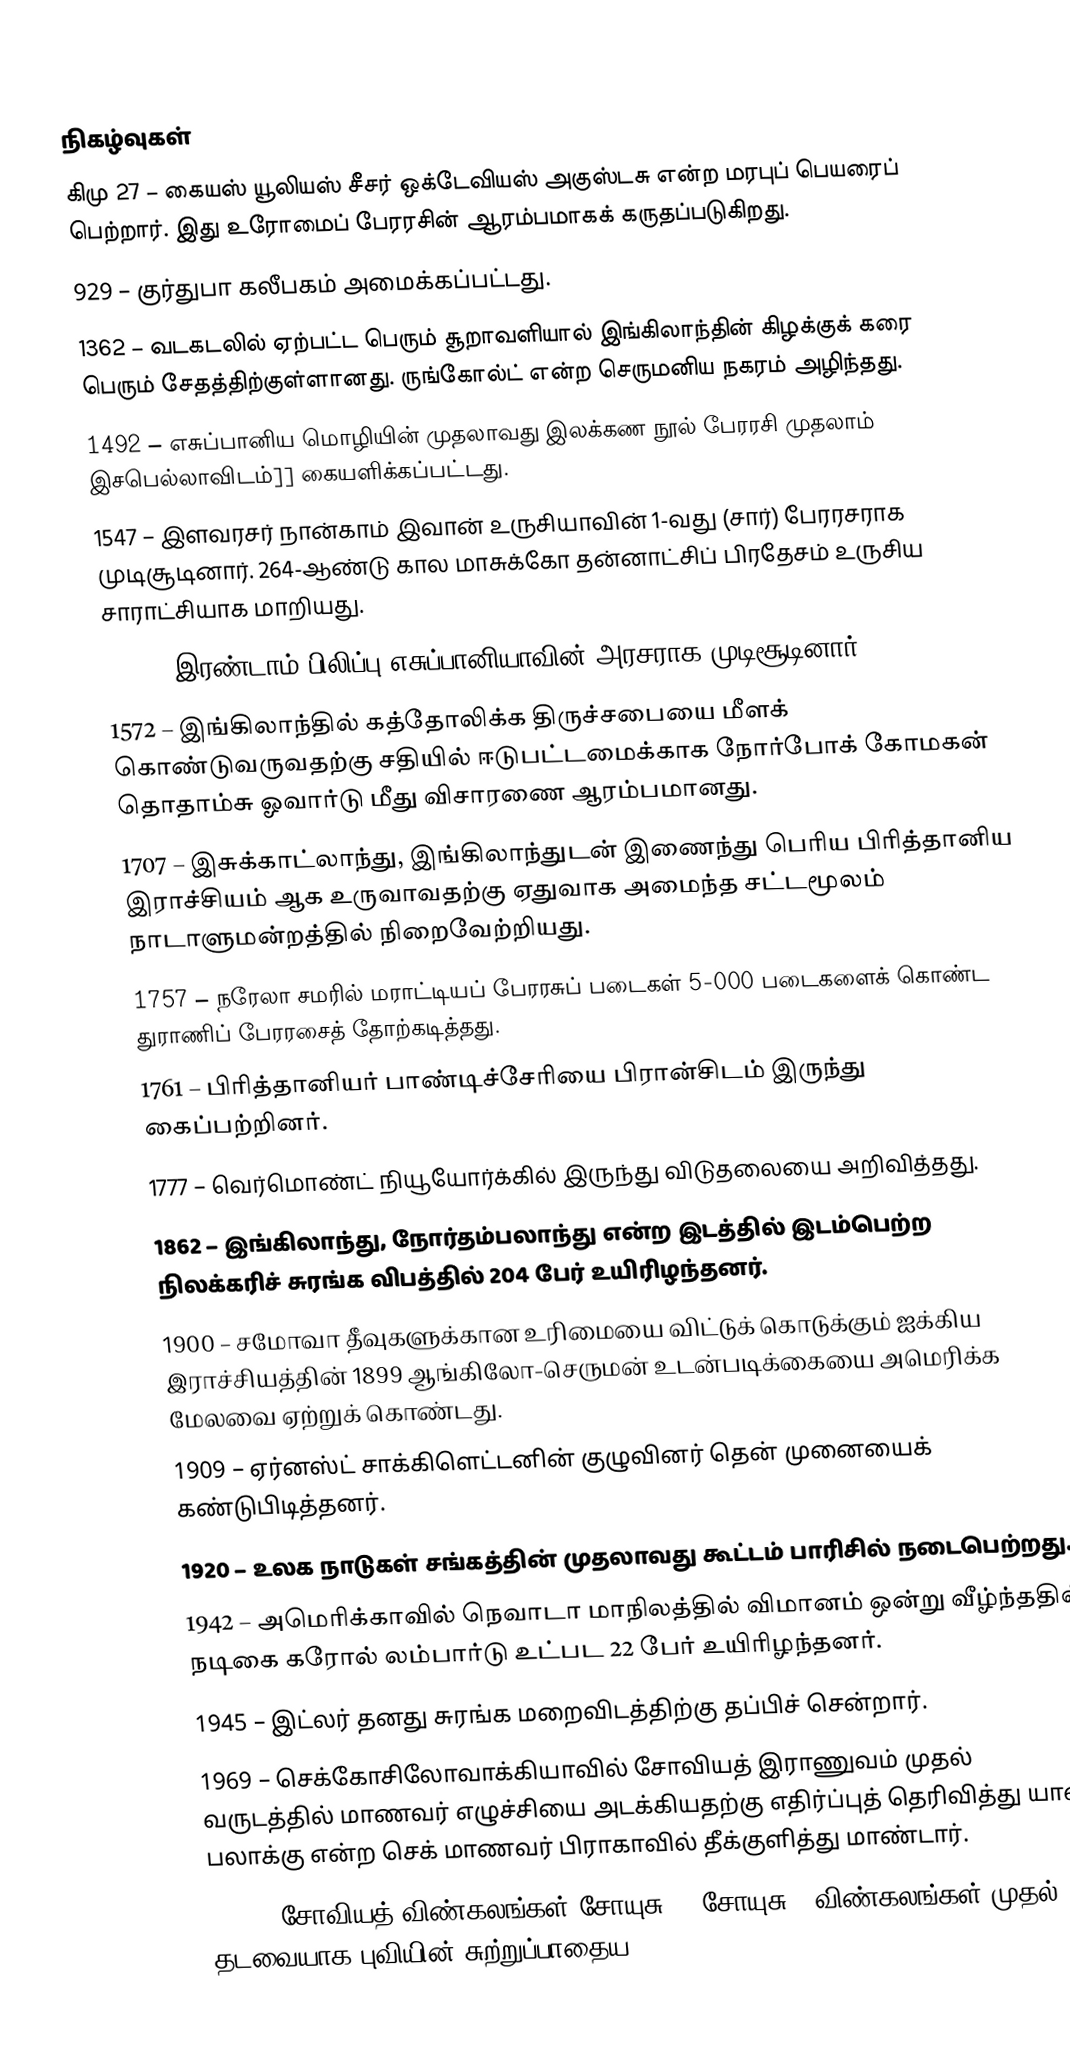

நிகழ்வுகள்
கிமு 27 – கையஸ் யூலியஸ் சீசர் ஒக்டேவியஸ் அகுஸ்டசு என்ற மரபுப் பெயரைப் பெற்றார். இது உரோமைப் பேரரசின் ஆரம்பமாகக் கருதப்படுகிறது.
929 – குர்துபா கலீபகம் அமைக்கப்பட்டது.
1362 – வடகடலில் ஏற்பட்ட பெரும் சூறாவளியால் இங்கிலாந்தின் கிழக்குக் கரை பெரும் சேதத்திற்குள்ளானது. ருங்கோல்ட் என்ற செருமனிய நகரம் அழிந்தது.
1492 – எசுப்பானிய மொழியின் முதலாவது இலக்கண நூல் பேரரசி முதலாம் இசபெல்லாவிடம்]] கையளிக்கப்பட்டது.
1547 – இளவரசர் நான்காம் இவான் உருசியாவின் 1-வது (சார்) பேரரசராக முடிசூடினார். 264-ஆண்டு கால மாசுக்கோ தன்னாட்சிப் பிரதேசம் உருசிய சாராட்சியாக மாறியது.
1556 – இரண்டாம் பிலிப்பு எசுப்பானியாவின் அரசராக முடிசூடினார்.
1572 – இங்கிலாந்தில் கத்தோலிக்க திருச்சபையை மீளக் கொண்டுவருவதற்கு சதியில் ஈடுபட்டமைக்காக நோர்போக் கோமகன் தொதாம்சு ஓவார்டு மீது விசாரணை ஆரம்பமானது.
1707 – இசுக்காட்லாந்து, இங்கிலாந்துடன் இணைந்து பெரிய பிரித்தானிய இராச்சியம் ஆக உருவாவதற்கு ஏதுவாக அமைந்த சட்டமூலம் நாடாளுமன்றத்தில் நிறைவேற்றியது.
1757 – நரேலா சமரில் மராட்டியப் பேரரசுப் படைகள் 5-000 படைகளைக் கொண்ட துராணிப் பேரரசைத் தோற்கடித்தது.
1761 – பிரித்தானியர் பாண்டிச்சேரியை பிரான்சிடம் இருந்து கைப்பற்றினர்.
1777 – வெர்மொண்ட் நியூயோர்க்கில் இருந்து விடுதலையை அறிவித்தது.
1862 – இங்கிலாந்து, நோர்தம்பலாந்து என்ற இடத்தில் இடம்பெற்ற நிலக்கரிச் சுரங்க விபத்தில் 204 பேர் உயிரிழந்தனர்.
1900 – சமோவா தீவுகளுக்கான உரிமையை விட்டுக் கொடுக்கும் ஐக்கிய இராச்சியத்தின் 1899 ஆங்கிலோ-செருமன் உடன்படிக்கையை அமெரிக்க மேலவை ஏற்றுக் கொண்டது.
1909 – ஏர்னஸ்ட் சாக்கிளெட்டனின் குழுவினர் தென் முனையைக் கண்டுபிடித்தனர்.
1920 – உலக நாடுகள் சங்கத்தின் முதலாவது கூட்டம் பாரிசில் நடைபெற்றது.
1942 – அமெரிக்காவில் நெவாடா மாநிலத்தில் விமானம் ஒன்று வீழ்ந்ததில் நடிகை கரோல் லம்பார்டு உட்பட 22 பேர் உயிரிழந்தனர்.
1945 – இட்லர் தனது சுரங்க மறைவிடத்திற்கு தப்பிச் சென்றார்.
1969 – செக்கோசிலோவாக்கியாவில் சோவியத் இராணுவம் முதல் வருடத்தில் மாணவர் எழுச்சியை அடக்கியதற்கு எதிர்ப்புத் தெரிவித்து யான் பலாக்கு என்ற செக் மாணவர் பிராகாவில் தீக்குளித்து மாண்டார்.
1969 – சோவியத் விண்கலங்கள் சோயுசு 4, சோயுசு 5 விண்கலங்கள் முதல் தடவையாக புவியின் சுற்றுப்பாதைய